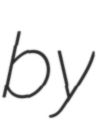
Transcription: by